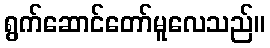
ရွက်ဆောင်တော်မူလေသည်။